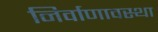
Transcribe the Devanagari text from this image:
निर्वाणावस्था